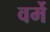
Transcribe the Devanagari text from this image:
वर्मे